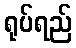
ရုပ်ရည်